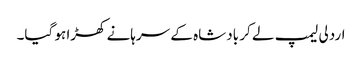
اردلی لیمپ لے کر بادشاہ کے سرہانے کھڑا ہو گیا۔